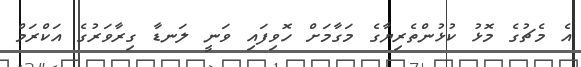
އެ މެޗުގެ މޮޅު ކުޅުންތެރިޔާގެ މަގާމަށް ހޮވިފައި ވަނީ ލަނޑާ ގިރާވަރުގެ އަކްރަމް